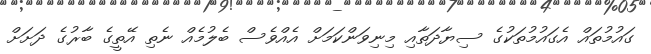
ގައުމުތައް އެގައުމުތަކުގެ ސިޔާދަތާއި މިނިވަންކަމަށް އެއްވެސް ބެލުމެއް ނެތި އޭތީގެ ބާރުގެ ދަށަށް